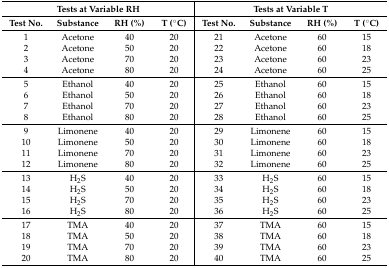
<table><thead><tr><td colspan="4"><b>Tests at Variable RH</b></td><td colspan="4"><b>Tests at Variable T</b></td></tr><tr><td><b>Test No.</b></td><td><b>Substance</b></td><td><b>RH (%)</b></td><td><b>T (°C)</b></td><td><b>Test No.</b></td><td><b>Substance</b></td><td><b>RH (%)</b></td><td><b>T (°C)</b></td></tr></thead><tbody><tr><td>1</td><td>Acetone</td><td>40</td><td>20</td><td>21</td><td>Acetone</td><td>60</td><td>15</td></tr><tr><td>2</td><td>Acetone</td><td>50</td><td>20</td><td>22</td><td>Acetone</td><td>60</td><td>18</td></tr><tr><td>3</td><td>Acetone</td><td>70</td><td>20</td><td>23</td><td>Acetone</td><td>60</td><td>23</td></tr><tr><td>4</td><td>Acetone</td><td>80</td><td>20</td><td>24</td><td>Acetone</td><td>60</td><td>25</td></tr><tr><td>5</td><td>Ethanol</td><td>40</td><td>20</td><td>25</td><td>Ethanol</td><td>60</td><td>15</td></tr><tr><td>6</td><td>Ethanol</td><td>50</td><td>20</td><td>26</td><td>Ethanol</td><td>60</td><td>18</td></tr><tr><td>7</td><td>Ethanol</td><td>70</td><td>20</td><td>27</td><td>Ethanol</td><td>60</td><td>23</td></tr><tr><td>8</td><td>Ethanol</td><td>80</td><td>20</td><td>28</td><td>Ethanol</td><td>60</td><td>25</td></tr><tr><td>9</td><td>Limonene</td><td>40</td><td>20</td><td>29</td><td>Limonene</td><td>60</td><td>15</td></tr><tr><td>10</td><td>Limonene</td><td>50</td><td>20</td><td>30</td><td>Limonene</td><td>60</td><td>18</td></tr><tr><td>11</td><td>Limonene</td><td>70</td><td>20</td><td>31</td><td>Limonene</td><td>60</td><td>23</td></tr><tr><td>12</td><td>Limonene</td><td>80</td><td>20</td><td>32</td><td>Limonene</td><td>60</td><td>25</td></tr><tr><td>13</td><td>H<sub>2</sub>S</td><td>40</td><td>20</td><td>33</td><td>H<sub>2</sub>S</td><td>60</td><td>15</td></tr><tr><td>14</td><td>H<sub>2</sub>S</td><td>50</td><td>20</td><td>34</td><td>H<sub>2</sub>S</td><td>60</td><td>18</td></tr><tr><td>15</td><td>H<sub>2</sub>S</td><td>70</td><td>20</td><td>35</td><td>H<sub>2</sub>S</td><td>60</td><td>23</td></tr><tr><td>16</td><td>H<sub>2</sub>S</td><td>80</td><td>20</td><td>36</td><td>H<sub>2</sub>S</td><td>60</td><td>25</td></tr><tr><td>17</td><td>TMA</td><td>40</td><td>20</td><td>37</td><td>TMA</td><td>60</td><td>15</td></tr><tr><td>18</td><td>TMA</td><td>50</td><td>20</td><td>38</td><td>TMA</td><td>60</td><td>18</td></tr><tr><td>19</td><td>TMA</td><td>70</td><td>20</td><td>39</td><td>TMA</td><td>60</td><td>23</td></tr><tr><td>20</td><td>TMA</td><td>80</td><td>20</td><td>40</td><td>TMA</td><td>60</td><td>25</td></tr></tbody></table>